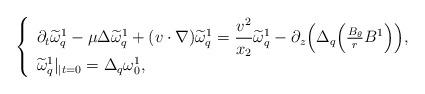
LaTeX: \begin{align*} \left\{ \begin{array}{ll}\partial_{t}\widetilde\omega_{q}^1-\mu\Delta\widetilde\omega_{q}^1+(v\cdot\nabla)\widetilde\omega_{q}^1=\dfrac{v^2}{x_2}\widetilde\omega_{q}^1- \partial_z\Big(\Delta_{q}\Big(\frac{B_{\theta}}{r}B^1\Big)\Big),\\\widetilde\omega_{q}^1\vert_{\vert t=0}=\Delta_{q}\omega_{0}^1,\end{array} \right.\end{align*}